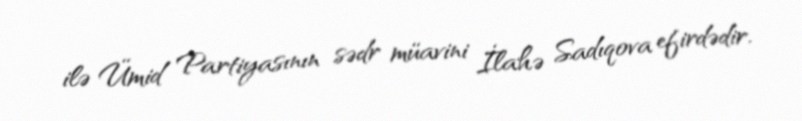
ilə Ümid Partiyasının sədr müavini İlahə Sadıqova efirdədir.